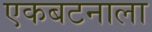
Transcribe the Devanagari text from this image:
एकबटनाला